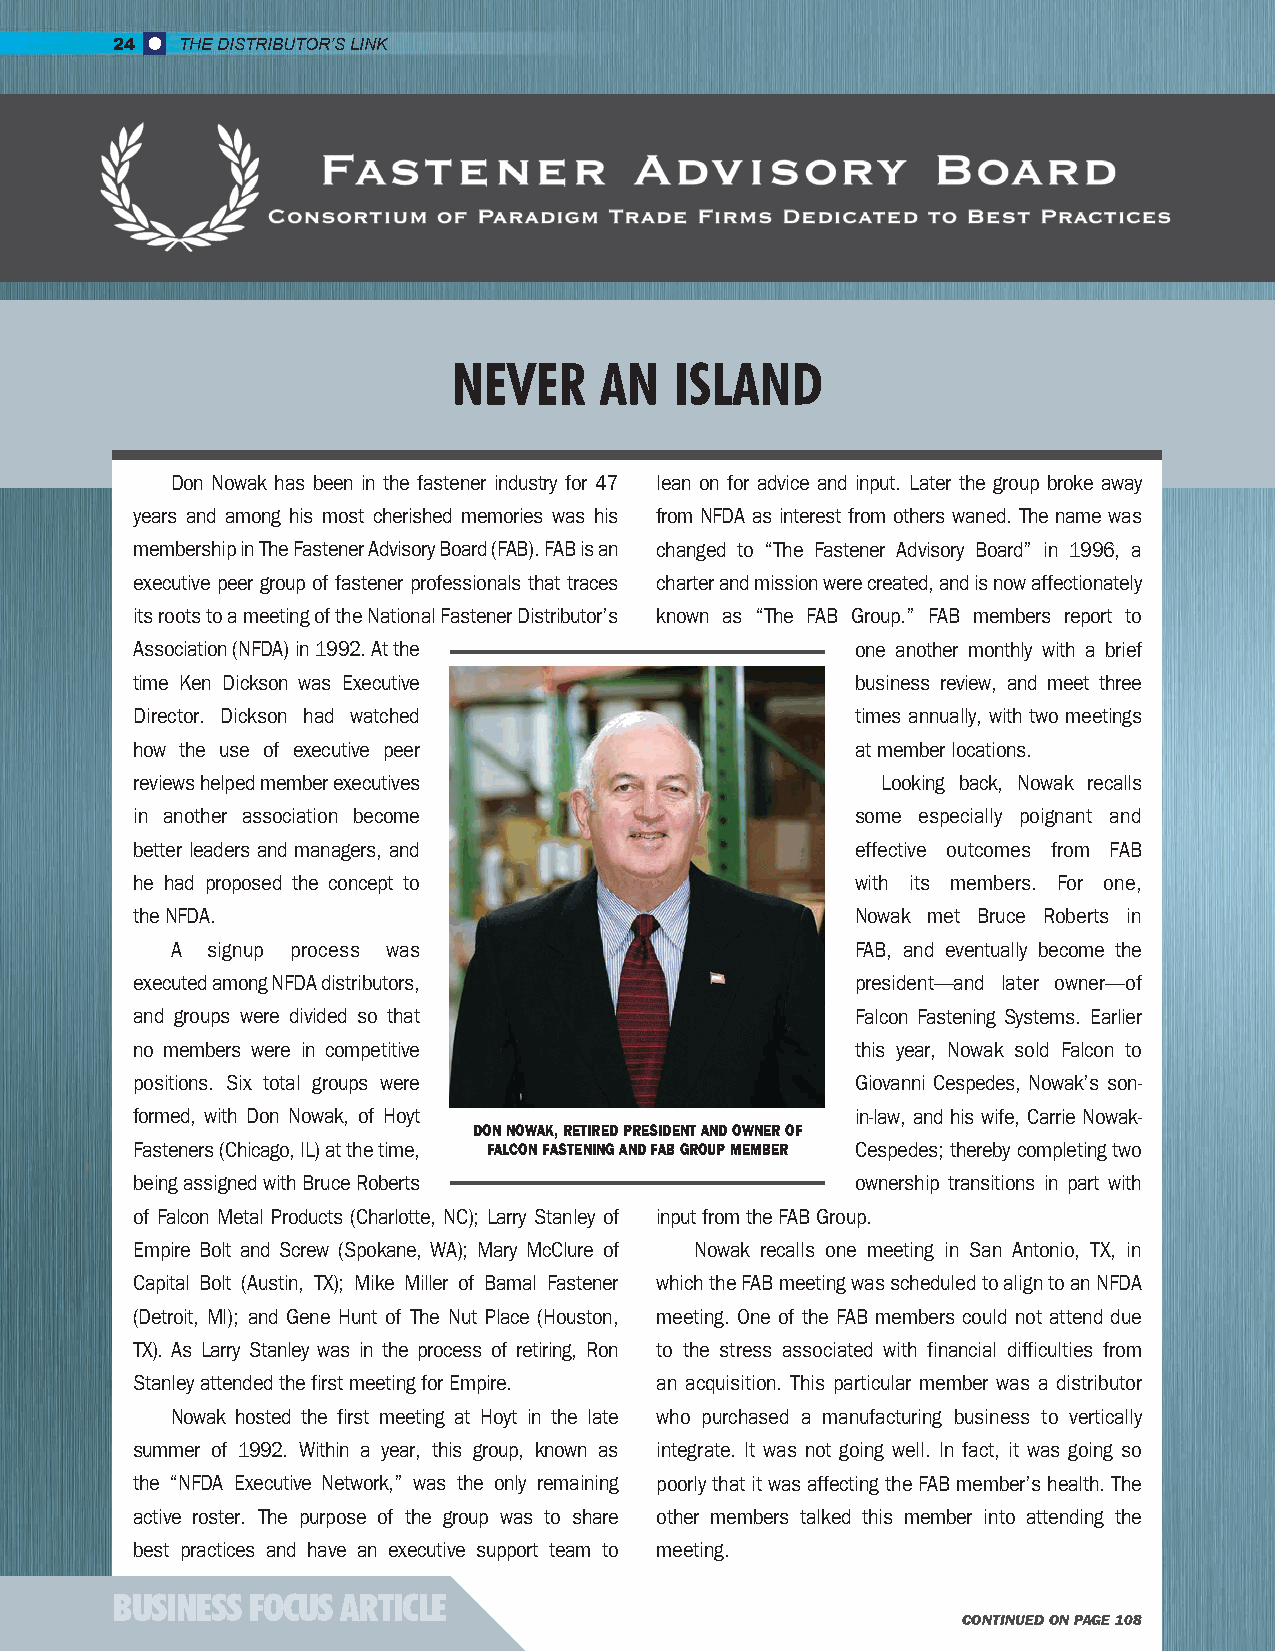
24   THE DISTRIBUTOR’S LINK
 NEVER     AN   ISLAND
 Don Nowak has been in the fastener industry for 47 lean on for advice and input. Later the group broke away
 years and among his most cherished memories was his from NFDA as interest from others waned. The name was
 membership in The Fastener Advisory Board (FAB). FAB is an changed to “The Fastener Advisory Board” in 1996, a
 executive peer group of fastener professionals that traces charter and mission were created, and is now affectionately
 its roots to a meeting of the National Fastener Distributor’s known as “The FAB Group.” FAB members report to
 Association (NFDA) in 1992. At the              one another monthly with a brief
 time Ken Dickson was Executive                  business review, and meet three
 Director. Dickson had watched                   times annually, with two meetings
 how the use of executive peer                   at member locations.
 reviews helped member executives                 Looking back, Nowak recalls
 in another association become                   some especially poignant and
 better leaders and managers, and                effective outcomes from FAB
 he had proposed the concept to                  with its members. For one,
 the NFDA.                                       Nowak met Bruce Roberts in
 A  signup process was                         FAB, and eventually become the
 executed among NFDA distributors,               president—and later owner—of
 and groups were divided so that                 Falcon Fastening Systems. Earlier
 no members were in competitive                  this year, Nowak sold Falcon to
 positions. Six total groups were                Giovanni Cespedes, Nowak’s son-
 formed, with Don Nowak, of Hoyt                 in-law, and his wife, Carrie Nowak-
 DON NOWAK, RETIRED PRESIDENT AND OWNER OF
 Fasteners (Chicago, IL) at the time, FALCON FASTENING AND FAB GROUP MEMBER Cespedes; thereby completing two
 being assigned with Bruce Roberts               ownership transitions in part with
 of Falcon Metal Products (Charlotte, NC); Larry Stanley of input from the FAB Group.
 Empire Bolt and Screw (Spokane, WA); Mary McClure of Nowak recalls one meeting in San Antonio, TX, in
 Capital Bolt (Austin, TX); Mike Miller of Bamal Fastener which the FAB meeting was scheduled to align to an NFDA
 (Detroit, MI); and Gene Hunt of The Nut Place (Houston, meeting. One of the FAB members could not attend due
 TX). As Larry Stanley was in the process of retiring, Ron to the stress associated with financial difficulties from
 Stanley attended the first meeting for Empire. an acquisition. This particular member was a distributor
 Nowak hosted the first meeting at Hoyt in the late who purchased a manufacturing business to vertically
 summer of 1992. Within a year, this group, known as integrate. It was not going well. In fact, it was going so
 the “NFDA Executive Network,” was the only remaining poorly that it was affecting the FAB member’s health. The
 active roster. The purpose of the group was to share other members talked this member into attending the
 best practices and have an executive support team to meeting.
 BUSINESS FOCUS  ARTICLE
 CONTINUED ON PAGE 108